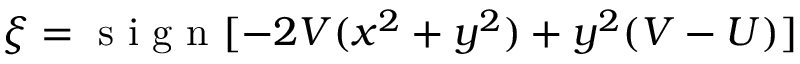
\xi = \mathrm { ~ s ~ i ~ g ~ n ~ } [ - 2 V ( x ^ { 2 } + y ^ { 2 } ) + y ^ { 2 } ( V - U ) ]